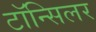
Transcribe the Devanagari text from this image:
टॉन्सिलर